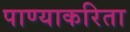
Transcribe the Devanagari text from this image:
पाण्याकरिता